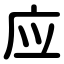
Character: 应